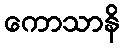
ကောသာနိ